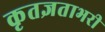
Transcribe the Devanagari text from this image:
कृतज्ञताभरी